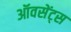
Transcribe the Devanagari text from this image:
ऑवसेंट्स